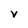
Character: V